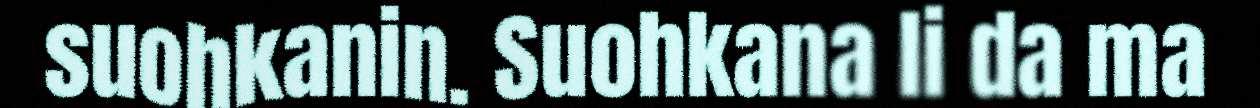
suohkanin. Suohkana li da ma